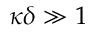
\kappa \delta \gg 1